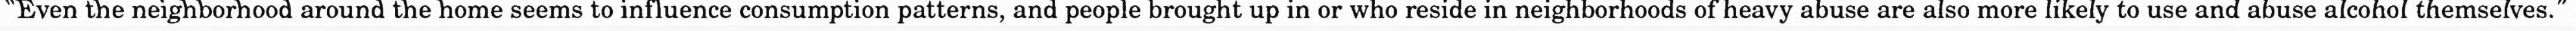
"Even the neighborhood around the home seems to influence consumption patterns, and people brought up in or who reside in neighborhoods of heavy abuse are also more likely to use and abuse alcohol themselves."